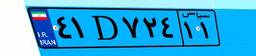
۴۱D۷۲۴۱۱